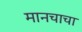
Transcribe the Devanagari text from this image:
मानचाचा